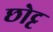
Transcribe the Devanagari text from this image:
छोट्ट